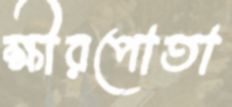
ক্ষীরপোতা